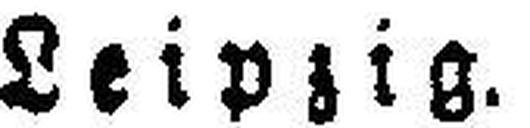
Leipzig.